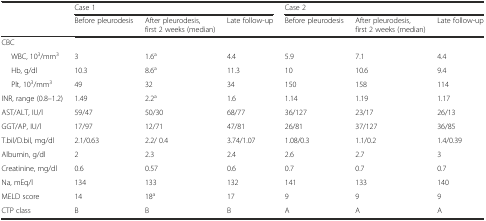
<table><thead><tr><td rowspan="2"></td><td colspan="3"><b>Case 1</b></td><td colspan="3"><b>Case 2</b></td></tr><tr><td><b>Before pleurodesis</b></td><td><b>After pleurodesis, first 2 weeks (median)</b></td><td><b>Late follow-up</b></td><td><b>Before pleurodesis</b></td><td><b>After pleurodesis, first 2 weeks (median)</b></td><td><b>Late follow-up</b></td></tr></thead><tbody><tr><td colspan="7">CBC</td></tr><tr><td>WBC, 10<sup>3</sup>/mm<sup>3</sup></td><td>3</td><td>1.6<sup>a</sup></td><td>4.4</td><td>5.9</td><td>7.1</td><td>4.4</td></tr><tr><td>Hb, g/dl</td><td>10.3</td><td>8.6<sup>a</sup></td><td>11.3</td><td>10</td><td>10.6</td><td>9.4</td></tr><tr><td>Plt, 10<sup>3</sup>/mm<sup>3</sup></td><td>49</td><td>32</td><td>34</td><td>150</td><td>158</td><td>114</td></tr><tr><td>INR, range (0.8–1.2)</td><td>1.49</td><td>2.2<sup>a</sup></td><td>1.6</td><td>1.14</td><td>1.19</td><td>1.17</td></tr><tr><td>AST/ALT, IU/l</td><td>59/47</td><td>50/30</td><td>68/77</td><td>36/127</td><td>23/17</td><td>26/13</td></tr><tr><td>GGT/AP, IU/l</td><td>17/97</td><td>12/71</td><td>47/81</td><td>26/81</td><td>37/127</td><td>36/85</td></tr><tr><td>T.bil/D.bil, mg/dl</td><td>2.1/0.63</td><td>2.2/ 0.4</td><td>3.74/1.07</td><td>1.08/0.3</td><td>1.1/0.2</td><td>1.4/0.39</td></tr><tr><td>Albumin, g/dl</td><td>2</td><td>2.3</td><td>2.4</td><td>2.6</td><td>2.7</td><td>3</td></tr><tr><td>Creatinine, mg/dl</td><td>0.6</td><td>0.57</td><td>0.6</td><td>0.7</td><td>0.7</td><td>0.7</td></tr><tr><td>Na, mEq/l</td><td>134</td><td>133</td><td>132</td><td>141</td><td>133</td><td>140</td></tr><tr><td>MELD score</td><td>14</td><td>18<sup>a</sup></td><td>17</td><td>9</td><td>9</td><td>9</td></tr><tr><td>CTP class</td><td>B</td><td>B</td><td>B</td><td>A</td><td>A</td><td>A</td></tr></tbody></table>